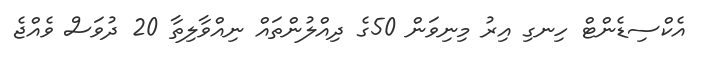
އެކްސިޑެންޓް ހިނގި އިރު މިނިވަން 50ގެ ދިއްލުންތައް ނިއްވާލިތާ 20 ދުވަސް ވެއްޖެ